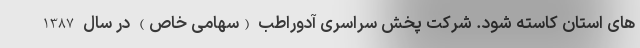
های استان کاسته شود. شرکت پخش سراسری آدوراطب (سهامی خاص) در سال 1387